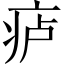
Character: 𪽮